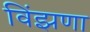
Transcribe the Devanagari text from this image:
विंझणा